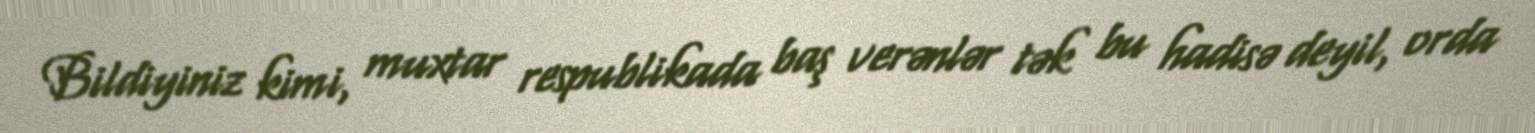
Bildiyiniz kimi, muxtar respublikada baş verənlər tək bu hadisə deyil, orda